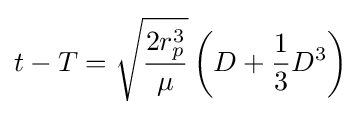
t-T={\sqrt {\frac {2r_{p}^{3}}{\mu }}}\left(D+{\frac {1}{3}}D^{3}\right)